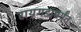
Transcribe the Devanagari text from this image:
रायगडापर्यंत